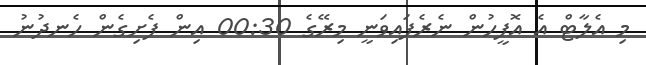
މި އެލާޓް އެ އޮފީހުން ނެރެފައިވަނީ މިރޭގެ 00:30 އިން ފެށިގެން ހެނދުނު